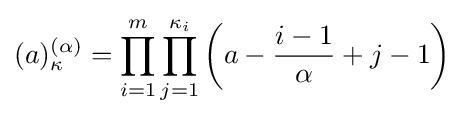
(a)_{\kappa }^{(\alpha )}=\prod _{i=1}^{m}\prod _{j=1}^{\kappa _{i}}\left(a-{\frac {i-1}{\alpha }}+j-1\right)